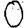
Digit: 0